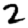
Digit: 2